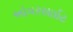
ઓવરસાઈટ